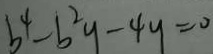
b ^ { 4 } - b ^ { 2 } y - 4 y = 0